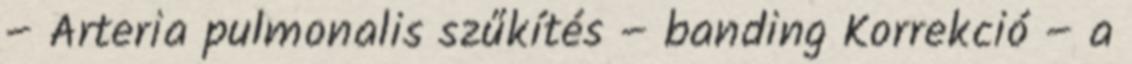
– Arteria pulmonalis szűkítés – banding Korrekció – a